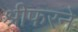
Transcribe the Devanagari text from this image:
श्रीफरने